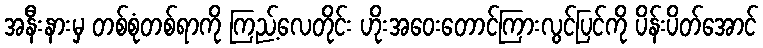
အနီးနားမှ တစ်စုံတစ်ရာကို ကြည့်လေတိုင်း ဟိုးအဝေးတောင်ကြားလွင်ပြင်ကို ပိန်းပိတ်အောင်